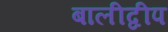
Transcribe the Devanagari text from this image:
बालीद्वीप